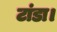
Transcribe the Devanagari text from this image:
टांडा।